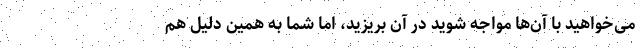
می‌خواهید با آن‌ها مواجه شوید در آن بریزید، اما شما به همین دلیل هم